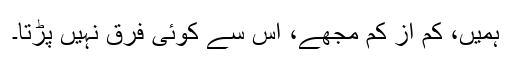
ہمیں، کم از کم مجھے، اس سے کوئی فرق نہیں پڑتا۔